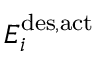
E _ { i } ^ { \mathrm { { d e s , a c t } } }